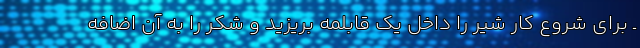
ـ برای شروع کار شیر را داخل یک قابلمه بریزید و شکر را به آن اضافه